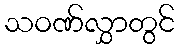
သဝဏ်လွှာတွင်